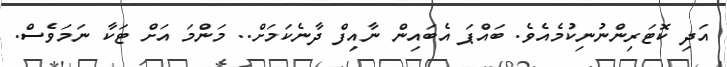
އަދި ކޮޓަރިންނުނިކުމެއެވެ. ބައްޕަ އެބައިން ނާއިފް ދާނެކަމަށް.. މަންމަ އަށް ޓަކާ ނަމަވެސް.